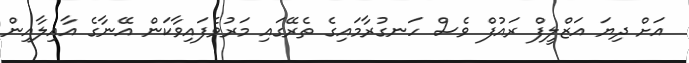
އަށް ދިޔަ އަޒްލީފް ރައުފް ވެސް ހަނގުރާމައިގެ ތެރޭގައި މަރުވެފައިވާކަން އޭނާގެ އާއިލާއިން